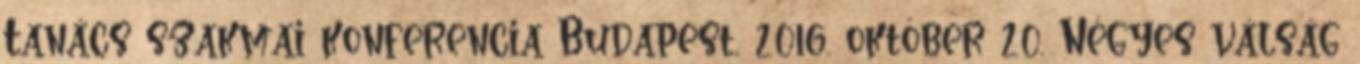
Tanács szakmai konferencia Budapest, 2016. október 20. Négyes válság